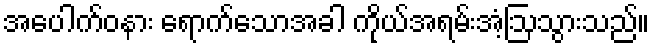
အပေါက်ဝနား ရောက်သောအခါ ကိုယ်အရမ်းအံ့ဩသွားသည်။